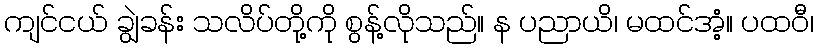
ကျင်ငယ် ချွဲခန်း သလိပ်တို့ကို စွန့်လိုသည်။ န ပညာယိ၊ မထင်အံ့။ ပထဝီ၊